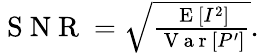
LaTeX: \begin{array}{r}{\mathrm{~S~N~R~}=\sqrt{\frac{\mathrm{~E~}[I^{2}]}{\mathrm{~V~a~r~}\left[P^{\prime}\right]}}.}\end{array}